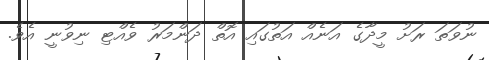
ނުވަތަ ރަށު މީދާގެ އަނެއް އަތުގައި އޮތް ދަންމަރު ވެއްޓި ނިވުނީ އެވެ.